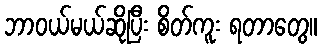
ဘာဝယ်မယ်ဆိုပြီး စိတ်ကူး ရတာတွေ။